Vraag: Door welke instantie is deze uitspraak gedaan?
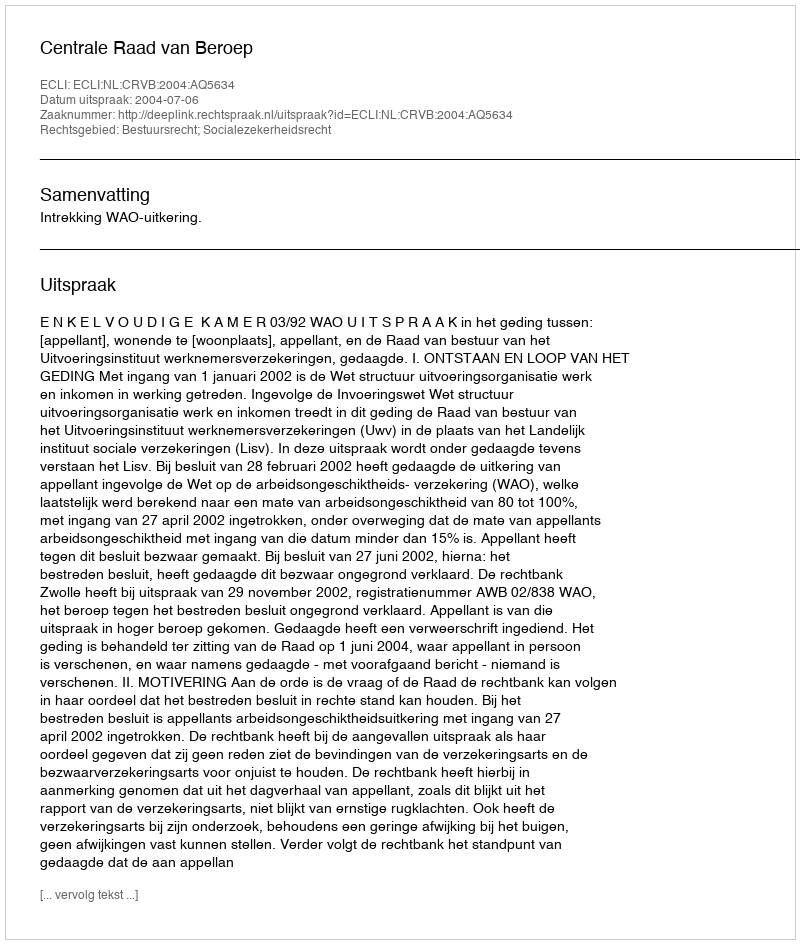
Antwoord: Centrale Raad van Beroep